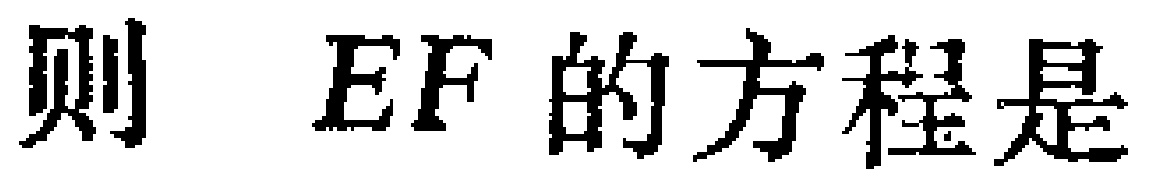
则 \(EF\) 的方程是